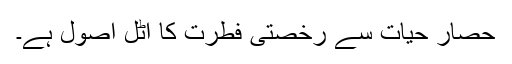
حصارِ حیات سے رخصتی فطرت کا اٹل اصول ہے۔